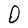
Character: O